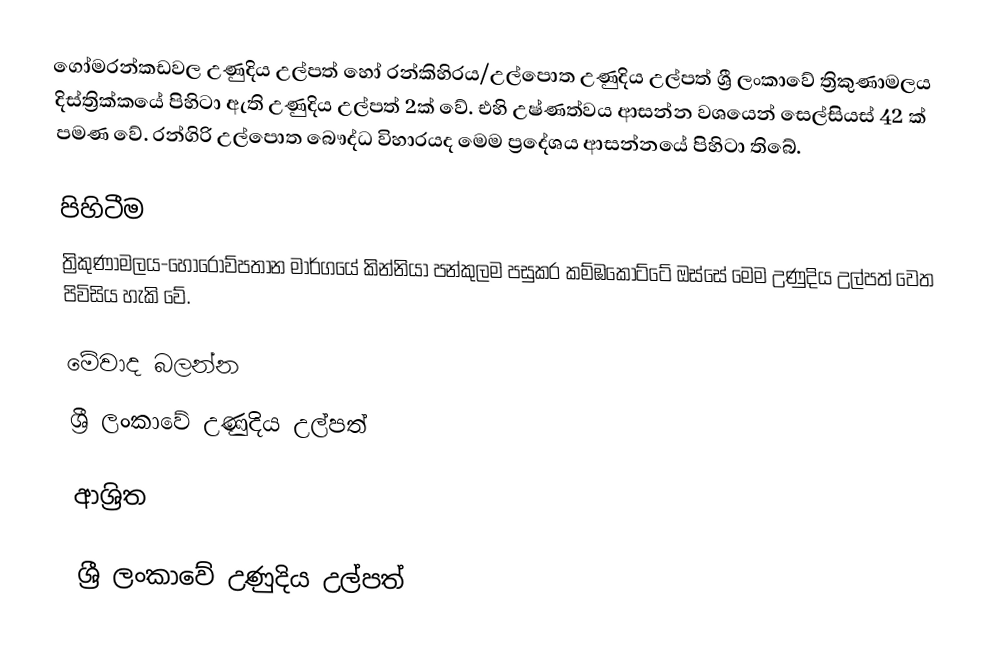
ගෝමරන්කඩවල උණුදිය උල්පත් හෝ රන්කිහිරය/උල්පොත උණුදිය උල්පත් ශ්‍රී ලංකාවේ ත්‍රිකුණාමලය දිස්ත්‍රික්කයේ පිහිටා ඇති උණුදිය උල්පත් 2ක් වේ. එහි උෂ්ණත්වය ආසන්න වශයෙන් සෙල්සියස් 42 ක් පමණ වේ. රන්ගිරි උල්පොත බෞද්ධ විහාරයද මෙම ප්‍රදේශය ආසන්නයේ පිහිටා තිබේ.

පිහිටීම
ත්‍රිකුණාමලය-හොරොව්පතාන මාර්ගයේ කින්නියා පන්කුලම පසුකර කම්ඹකෝට්ටේ ඔස්සේ මෙම උණුදිය උල්පත් වෙත පිවිසිය හැකි වේ.

මේවාද බලන්න
 ශ්‍රී ලංකාවේ උණුදිය උල්පත්

ආශ්‍රිත

ශ්‍රී ලංකාවේ උණුදිය උල්පත්